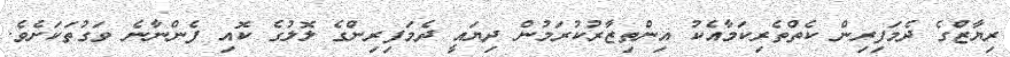
ރިޔާޒްގެ ދެމަފިރިން ކެތްތެރިކަމާއެކު އިންތިޒާރުކުރަމުން ދިޔައީ ދެމަފިރިންގެ ލޮލުގެ ކޮއި ފެންނާނެ ވަގުތަކަށެވެ.